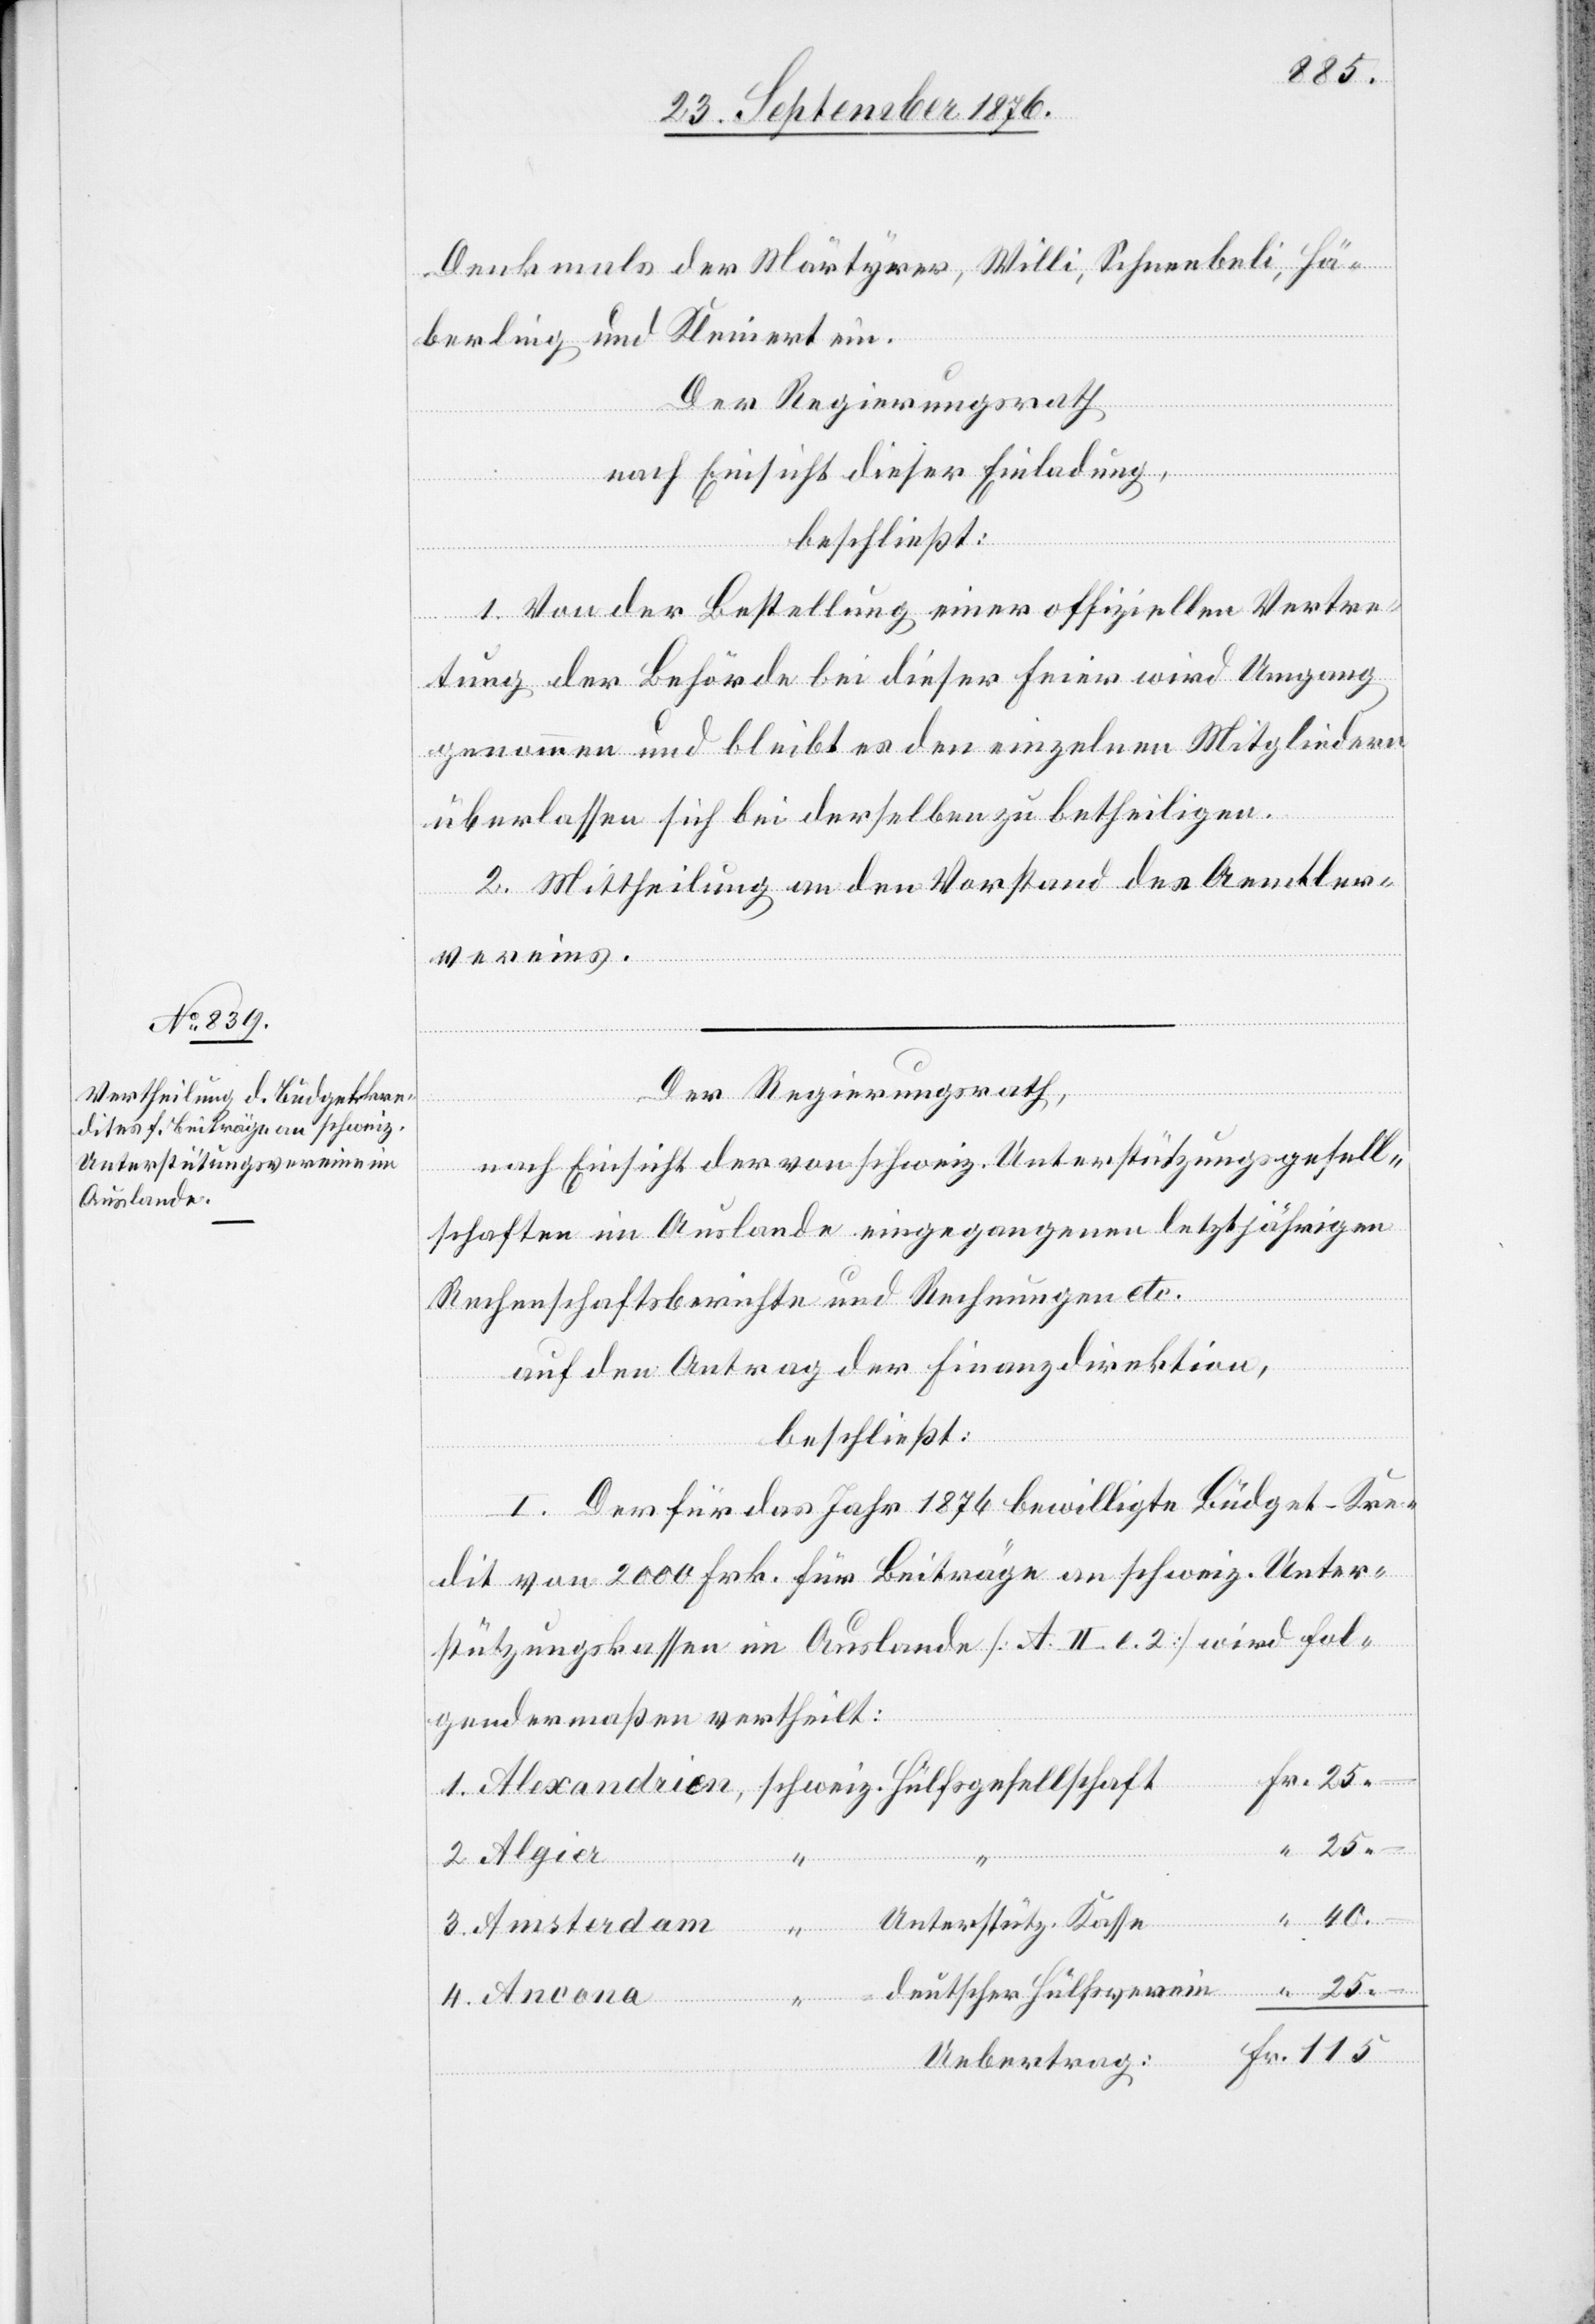
Denkmals der Märtyrer, Willi, Schneebeli, Här¬
berling und Kleinert ein.
Der Regierungsrath
nach Einsicht dieser Einladung,
beschließt:
1. Von der Bestellung einer offiziellen Vertre¬
tung der Behörde bei dieser Feier wird Umgang
genommen und bleibt es den einzelnen Mitgliedern
überlassen sich bei derselben zu betheiligen.
2. Mittheilung an den Vorstand des Aemtler¬
4.
vereins.
Der Regierungsrath,
nach Einsicht der von schweiz. Unterstützungsgesell¬
schaften im Auslande eingegangenen letztjährigen
Ancona
Rechenschaftsberichte und Rechnungen etc.
auf den Antrag der Finanzdirektion,
beschließt:
I. Der für das Jahr 1876 bewilligte Büdget-Kre¬
dit von 2000 Frk. für Beiträge an schweiz. Unter¬
stützungskassen im Auslande [A II. e. 2] wird fol¬
gendermaßen vertheilt:
schweiz.
Fr.
2. Algier
40.–
Unterstütz. Kasse
3. Amsterdam
deutscher Hülfsverein
Uebertrag: